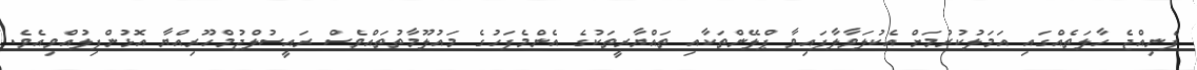
ފެނިއްޖެ ހާލަތެއްގައި އަމަލުކުރުމަށް އެކުލަވާލާފައިވާ ޕްލޭންތަކާއި ތައްޔާރީތަކުގެ އެންމެފަހުގެ މައުލޫމާތުތައްވެސް ރައީސުލްޖުމްހޫރިއްޔާ އޮޅުންފިލުއްވިއެވެ.